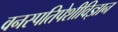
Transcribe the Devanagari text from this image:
वनस्पतिपेशीविज्ञान